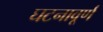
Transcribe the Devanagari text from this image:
घटनावूर्ण